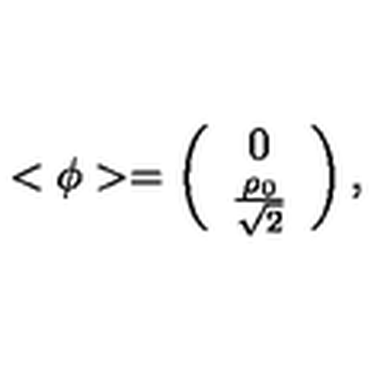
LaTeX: < { \phi } > = \left( \begin{array} { c l } { 0 } \\ { \frac { \rho _ { 0 } } { \sqrt { 2 } } } \\ \end{array} \right) ,